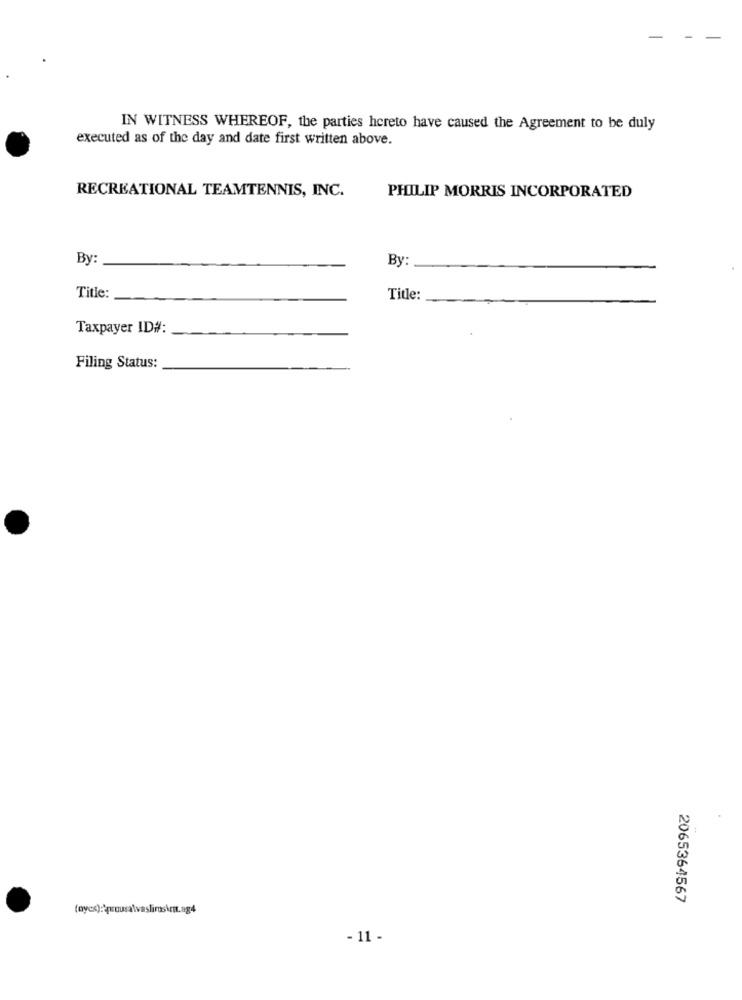
IN WITNESS WHEREOF, the parties hereto have caused the Agreement to be duly
executed as of the day and date first written above.
RECREATIONAL TEAMTENNIS, INC.
PHILIP MORRIS INCORPORATED
By:
By
Title:
Title:
Taxpayer ID#:
Filing Status:
2065364567
(oyes): prousa\vaslimos\rit.ag4
- 11 -